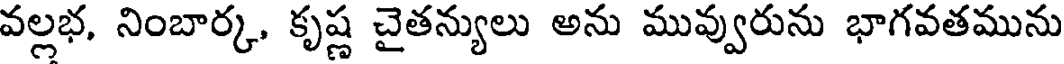
వల్లభ, నింబార్క, కృష్ణ చైతన్యులు అను మువ్వురును భాగవతమును